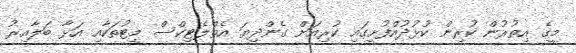
މީގެ އިތުރުން ކުރިން ކުޅުދުއްފުށީގައި ކުރިއަށް ގެންދިޔަ އެތްލެޓިކްސް މީޓުތަކާއި އަޅާ ބަލާއިރު